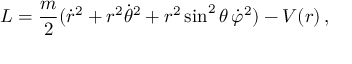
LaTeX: L = { \frac { m } { 2 } } ( { \dot { r } } ^ { 2 } + r ^ { 2 } { \dot { \theta } } ^ { 2 } + r ^ { 2 } \sin ^ { 2 } \theta \, { \dot { \varphi } } ^ { 2 } ) - V ( r ) \, ,